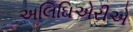
અલિઘિએરીએ